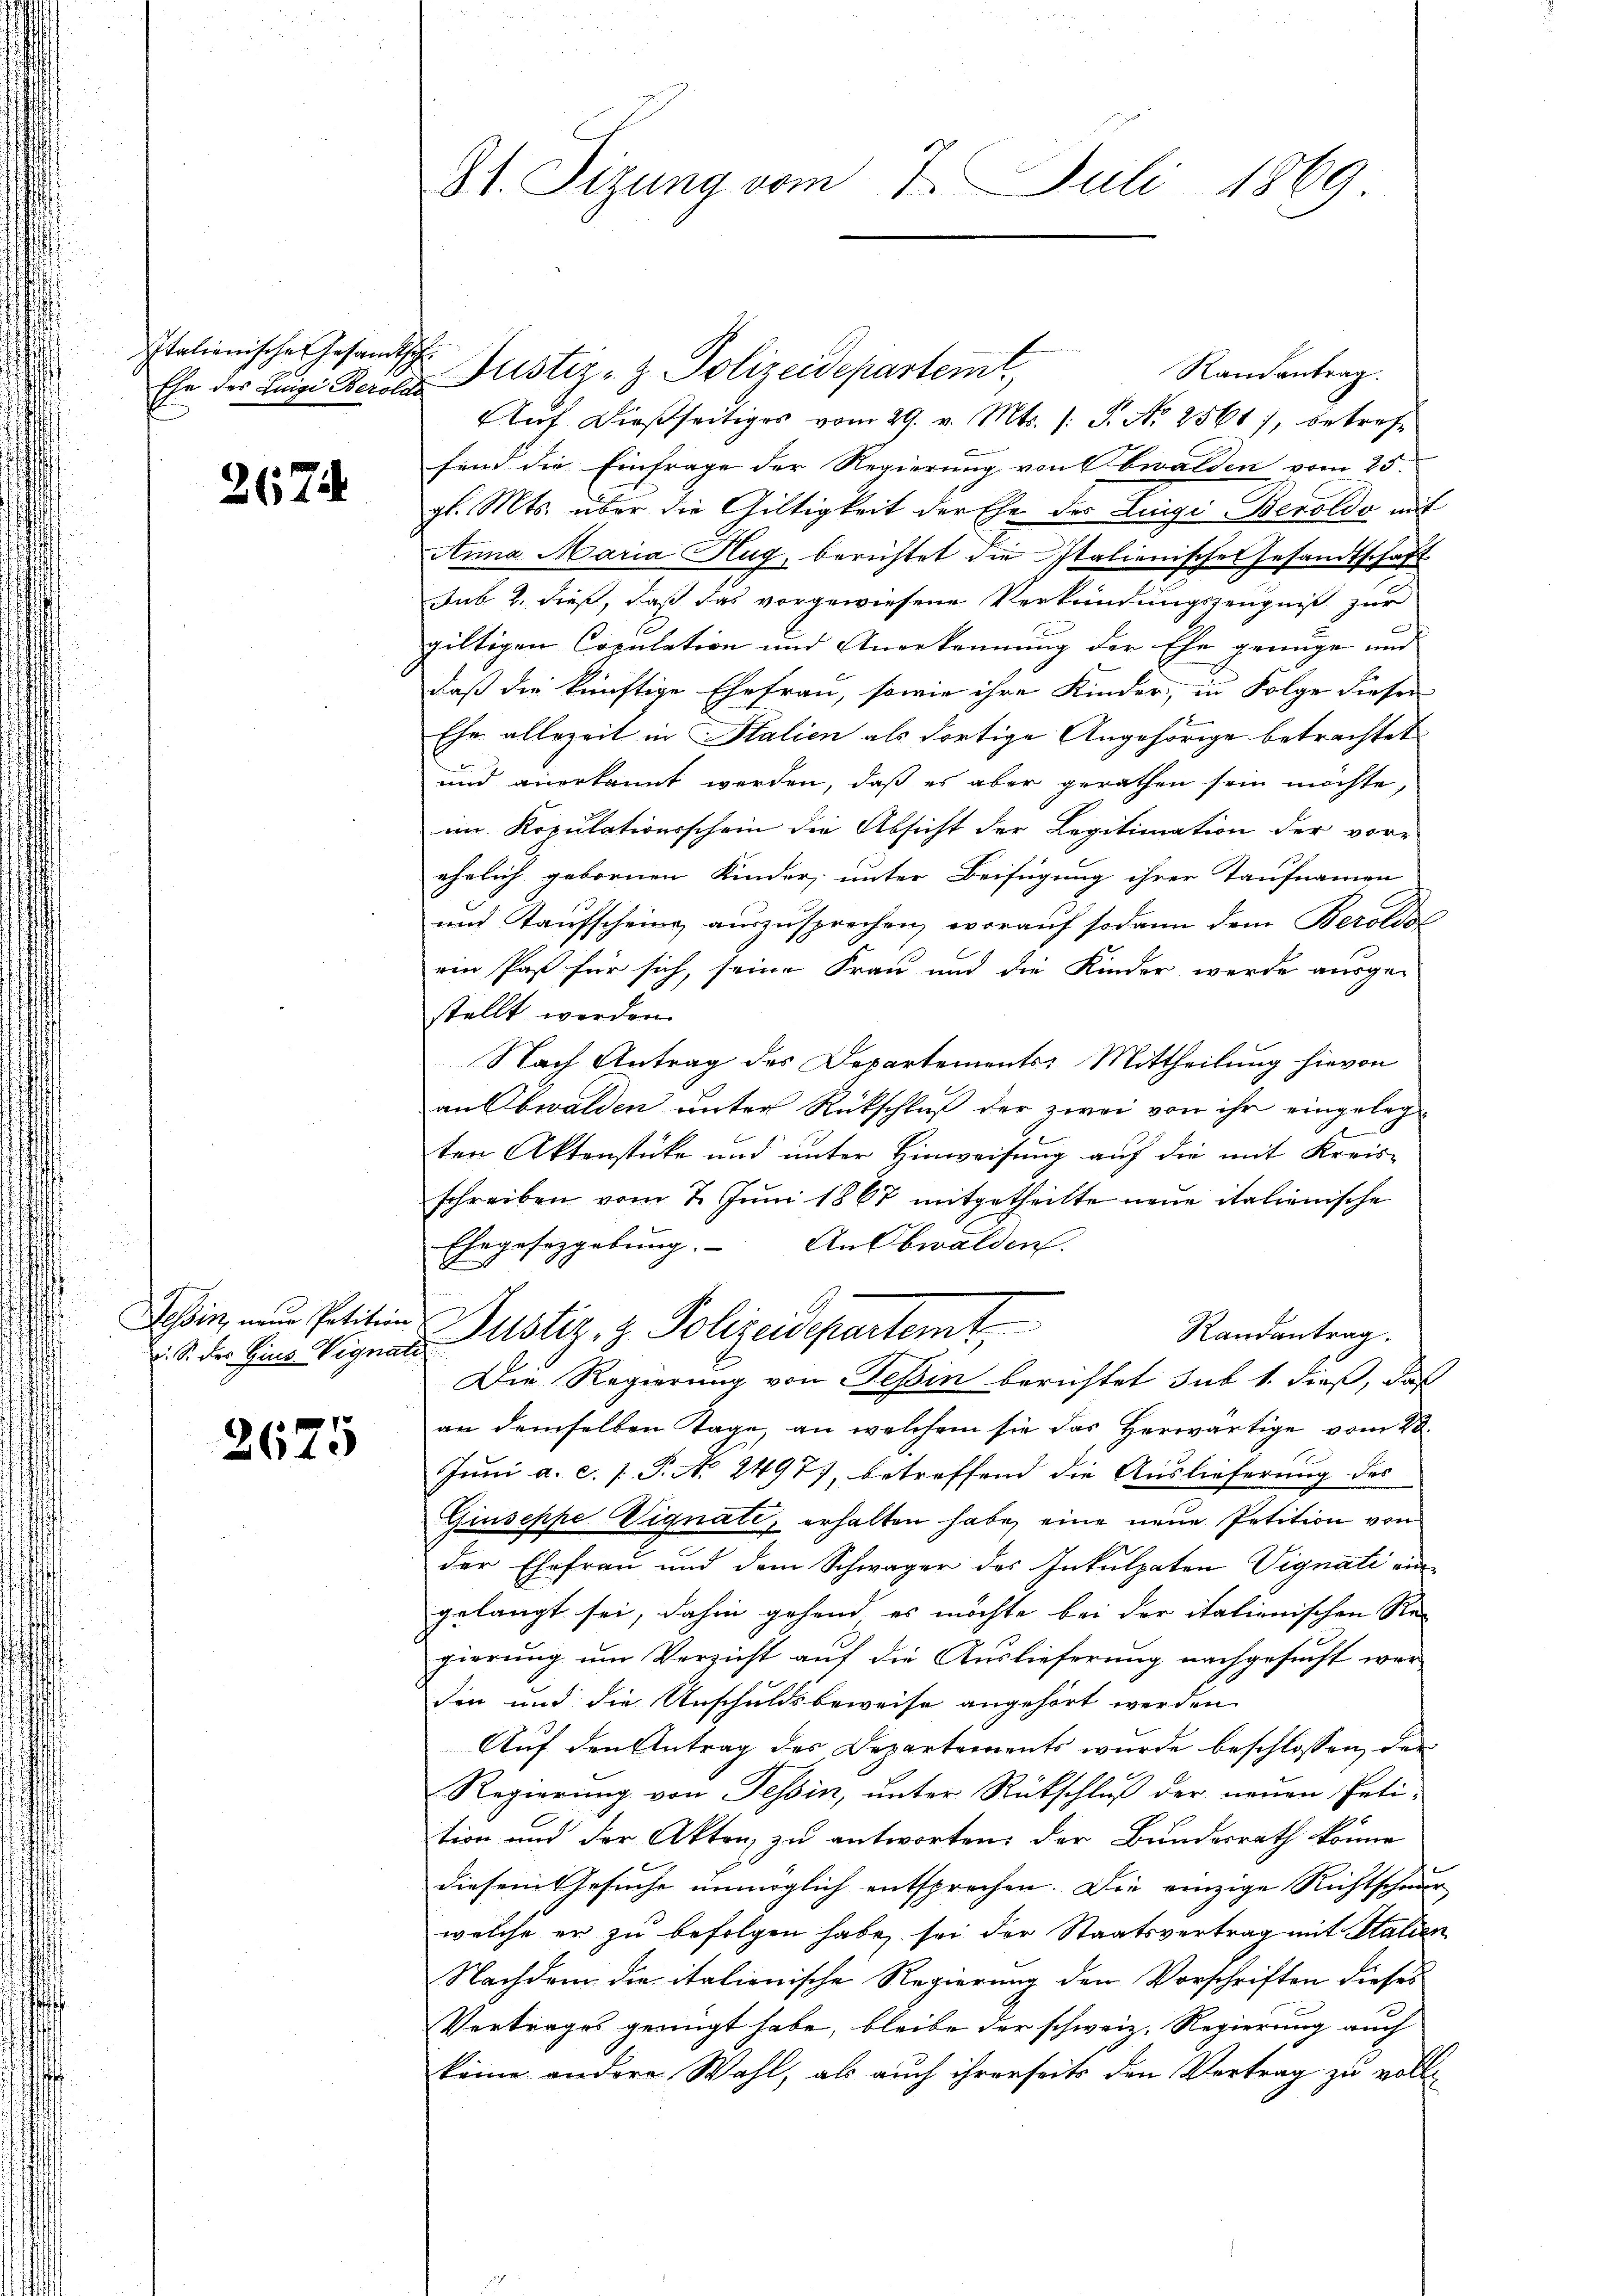
Italienisches Gesandtsch

2674

Tessin, neue Petition
v. S. der Gius Vignati

2675

St. Sizung vom 7. Juli 1869

f

Randantrag.
Ehe der Leige Berole Justiz- & Polizeidepartemt,
Auf dießseitiges vom 29. v. Mts. /: P. Nr. 2561, betreff
sind die Einfrage der Regierung von Obwalden vom 25.
gl. Mts. über die Gültigkeit der Ehe der Liege Beroldo mit
Anna Maria Hug, berichtet die Italienische Gesandtschaft
sub 2. dieß, daß das vorgewiesene Verkündungszeugniß zur
giltigen Copulation und Anerkennung der Ehe genüge und
daß die künftige Ehefrau, sowie ihre Kinder, in Folge dieser
Ehr allezeit in Stalien als dortige Angehörige betrachtet
und anerkannt werden, daß es aber gerathen sein möchte,
im Kopulationsschein die Absicht der Legitimation der vor-
ehelich gebornen Kinder, unter Beifügung ihrer Taufnamen
und Kaufscheing auszusprechen worauf sodann dem Beroldol
ein Paß für sich, seine Frau und die Kinder werde ausgestellt werden.
Nach Antrag des Departements: Mittheilung hievon
an Obwalden unter Rückschluß der zwei von ihr eingeleg
ten Aktenstücke und unter Hinweisung auf die mit Kreis-
schreiben vom 7. Juni 1867 mitgetheilte neue italienische
Ehegesetzgebung. An Obwalden.
Justiz & Polizeidepartemt,
Randantrag.
Die Regierung von Teßin berichtet sub 1. dieß, daß
an demselben Tage an welchem sie das Herwärtige vom 23.
Juni a. c. (T. No. 24977, betreffend die Auslieferung des
Giuseppe Vignate, erhalten habe, eine neue Petition von
der Ehefrau und dem Schwäger des Inkulpaten Vignati eingelangt sei, dahin gehend es möchte bei der italienischen Re-
gierung um Verzicht auf die Auslieferung nachgesucht wer
din und die Anschuldsbeweise angehört werden
Auf den Antrag des Departements wurde beschlossen, der
Regierung von Tessin, unter Rückschluß der neuen Peti-
tion und der Akten zu antworten: Der Bundesrath könne
diesem Gesuche unmöglich entsprechen. Die einzige Richtscheur
welche er zu befolgen habe, sei der Staatsvertrag mit Statien
Nachdem die italienische Regierung den Vorschriften dieses
Vertrages genügt habe, bleibe der schweiz. Regierung auch
keine andere Wahl, als auch ihrerseits den Vortrag zu voll¬